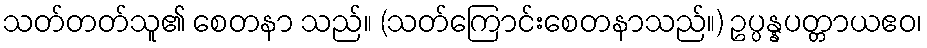
သတ်တတ်သူ၏ စေတနာ သည်။ (သတ်ကြောင်းစေတနာသည်။) ဥပ္ပန္နပတ္တာယဧဝ၊